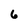
Character: 6